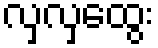
လှလှထွေး